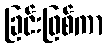
ခြင်းဖြစ်ကာ